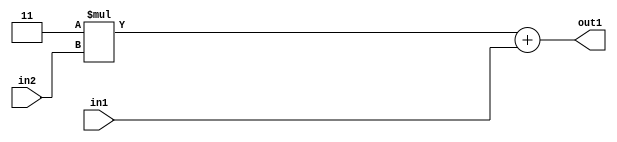
`timescale 1ps / 1ps
/*****************************************************************************
    Verilog RTL Description
    
    
    Created by: Stratus DpOpt 2019.1.01 
*******************************************************************************/

module DC_Filter_Add2u1Mul2i3u2_4 (
	in2,
	in1,
	out1
	); /* architecture "behavioural" */ 
input [1:0] in2;
input  in1;
output [3:0] out1;
wire [3:0] asc001;

wire [3:0] asc001_tmp_0;
assign asc001_tmp_0 = 
	+(4'B0011 * in2);
assign asc001 = asc001_tmp_0
	+(in1);

assign out1 = asc001;
endmodule

/* CADENCE  ubb1SQs= : u9/ySgnWtBlWxVPRXgAZ4Og= ** DO NOT EDIT THIS LINE ******/